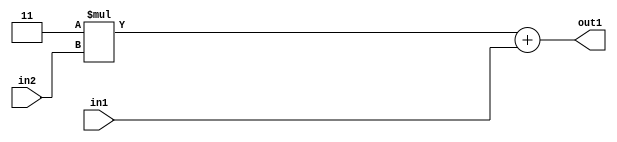
`timescale 1ps / 1ps
/*****************************************************************************
    Verilog RTL Description
    
    
    Created by: Stratus DpOpt 2019.1.01 
*******************************************************************************/

module DC_Filter_Add2u1Mul2i3u2_4 (
	in2,
	in1,
	out1
	); /* architecture "behavioural" */ 
input [1:0] in2;
input  in1;
output [3:0] out1;
wire [3:0] asc001;

wire [3:0] asc001_tmp_0;
assign asc001_tmp_0 = 
	+(4'B0011 * in2);
assign asc001 = asc001_tmp_0
	+(in1);

assign out1 = asc001;
endmodule

/* CADENCE  ubb1SQs= : u9/ySgnWtBlWxVPRXgAZ4Og= ** DO NOT EDIT THIS LINE ******/